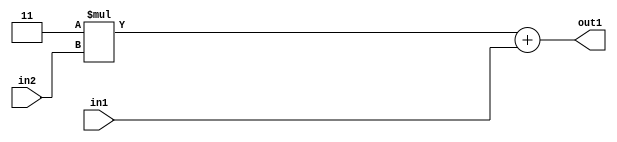
`timescale 1ps / 1ps
/*****************************************************************************
    Verilog RTL Description
    
    
    Created by: Stratus DpOpt 2019.1.01 
*******************************************************************************/

module DC_Filter_Add2u1Mul2i3u2_4 (
	in2,
	in1,
	out1
	); /* architecture "behavioural" */ 
input [1:0] in2;
input  in1;
output [3:0] out1;
wire [3:0] asc001;

wire [3:0] asc001_tmp_0;
assign asc001_tmp_0 = 
	+(4'B0011 * in2);
assign asc001 = asc001_tmp_0
	+(in1);

assign out1 = asc001;
endmodule

/* CADENCE  ubb1SQs= : u9/ySgnWtBlWxVPRXgAZ4Og= ** DO NOT EDIT THIS LINE ******/